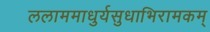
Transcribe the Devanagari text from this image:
ललाममाधुर्यसुधाभिरामकम्